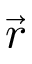
\vec { r }